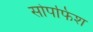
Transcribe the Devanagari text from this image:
सोपफिश